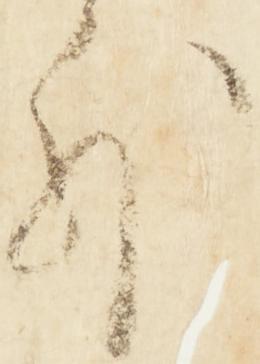
外